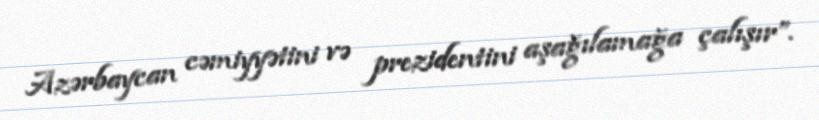
Azərbaycan cəmiyyətini və prezidentini aşağılamağa çalışır”.